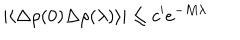
LaTeX: | \langle \Delta \rho ( 0 ) \Delta \rho ( \lambda ) \rangle | \leq c ^ { \prime } e ^ { - M \lambda }